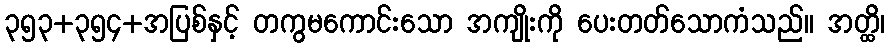
၃၅၃+၃၅၄+အပြစ်နှင့် တကွမကောင်းသော အကျိုးကို ပေးတတ်သောကံသည်။ အတ္ထိ၊